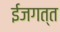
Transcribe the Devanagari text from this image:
ईजगत्त